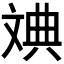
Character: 𪯦